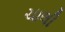
ચાલી